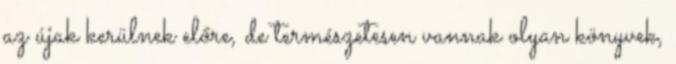
az újak kerülnek előre, de természetesen vannak olyan könyvek,